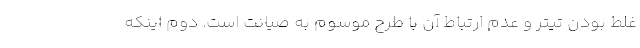
غلط بودن تیتر و عدم ارتباط آن با طرح موسوم به صیانت است. دوم اینکه